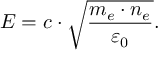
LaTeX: E = c \cdot { \sqrt { \frac { m _ { e } \cdot n _ { e } } { \varepsilon _ { 0 } } } } .